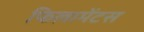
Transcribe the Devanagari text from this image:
फिलामेंटस